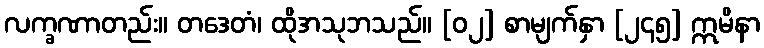
လက္ခဏာတည်း။ တဒေတံ၊ ထိုအသုဘသည်။ [၀၂] စာမျက်နှာ [၂၄၅] ဣမိနာ